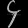
Digit: ၄